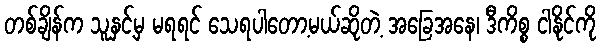
တစ်ချိန်က သူနှင့်မှ မရရင် သေရပါတော့မယ်ဆိုတဲ့ အခြေအနေ၊ ဒီကိစ္စ ငါနိုင်ကို